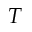
T